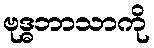
ဗုဒ္ဓဘာသာကို